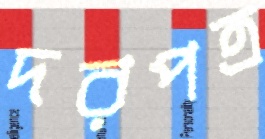
দরপত্র